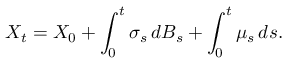
X _ { t } = X _ { 0 } + \int _ { 0 } ^ { t } \sigma _ { s } \, d B _ { s } + \int _ { 0 } ^ { t } \mu _ { s } \, d s .